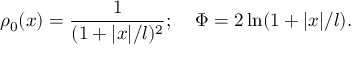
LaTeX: \rho _ { 0 } ( x ) = { \frac { 1 } { ( 1 + | x | / l ) ^ { 2 } } } ; \; \; \; \; \Phi = 2 \ln ( 1 + | x | / l ) .